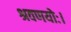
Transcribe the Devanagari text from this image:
श्रवणयोः।